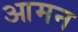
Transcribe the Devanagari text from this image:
आमन